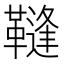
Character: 䩼